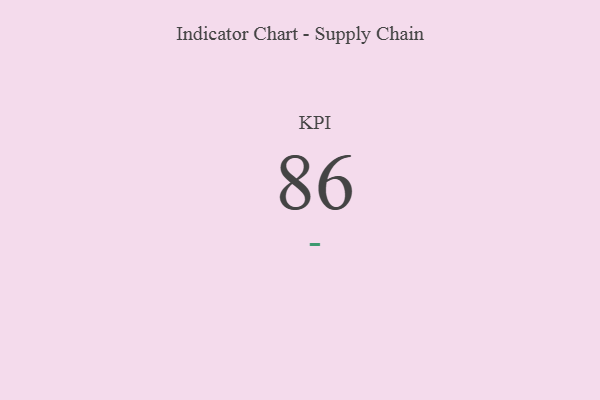
{"axis": {"x": "KPI", "y": "Value"}, "legend": [""], "data": [{"x": "KPI", "y": 86, "type": ""}]}